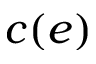
c ( e )